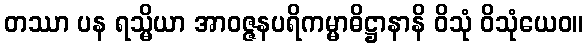
တဿာ ပန ရသ္မိယာ အာဝဇ္ဇနပရိကမ္မာဓိဋ္ဌာနာနိ ဝိသုံ ဝိသုံယေဝ။